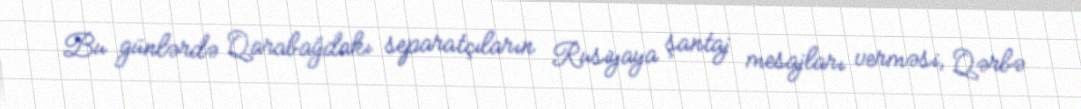
Bu günlərdə Qarabağdakı separatçıların Rusiyaya şantaj mesajları verməsi, Qərbə